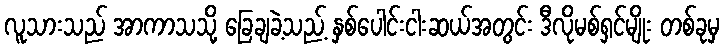
လူသားသည် အာကာသသို့ ခြေချခဲ့သည့် နှစ်ပေါင်းငါးဆယ်အတွင်း ဒီလိုမစ်ရှင်မျိုး တစ်ခုမှ